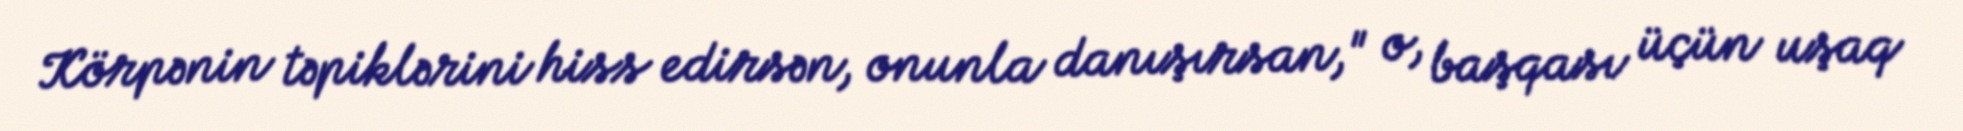
Körpənin təpiklərini hiss edirsən, onunla danışırsan," o, başqası üçün uşaq